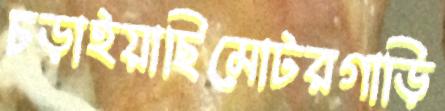
চড়াইয়াছিমোটরগাড়ি